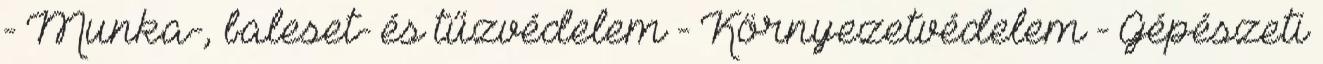
- Munka-, baleset- és tűzvédelem - Környezetvédelem - Gépészeti